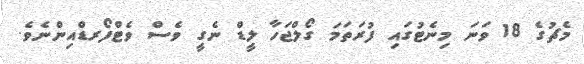
މެޗުގެ 18 ވަނަ މިނެޓުގައި ފުރަތަމަ ގޯލްޖަހާ ލީޑް ނެގީ ވެސް ވެޓްފޯރޑްއިންނެވެ.